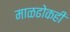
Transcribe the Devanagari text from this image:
माळढोकही